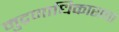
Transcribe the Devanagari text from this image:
मुद्रणाधिकाराचा